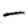
Digit: 4